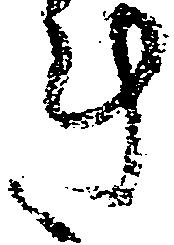
き